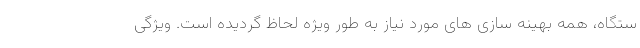
ستگاه، همه بهینه سازی های مورد نیاز به طور ویژه لحاظ گردیده است. ویژگی